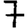
Digit: 7